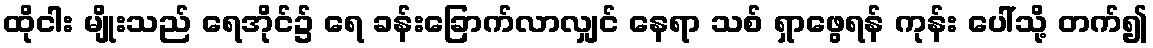
ထိုငါး မျိုးသည် ရေအိုင်၌ ရေ ခန်းခြောက်လာလျှင် နေရာ သစ် ရှာဖွေရန် ကုန်း ပေါ်သို့ တက်၍